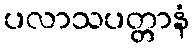
ပလာသပတ္တာနံ